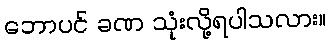
ဘောပင် ခဏ သုံးလို့ရပါသလား။